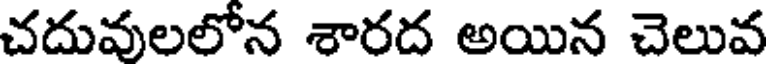
చదువలలోన శారద అయిన చెలువ